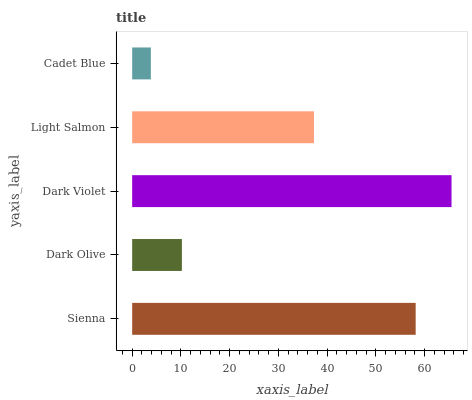
| yaxis_label | bars |
 | --- | --- |
 | Sienna | 58.2 |
 | Dark Olive | 10.2 |
 | Dark Violet | 65.5 |
 | Light Salmon | 37.3 |
 | Cadet Blue | 3.84 |